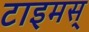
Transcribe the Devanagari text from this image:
टाइमस्